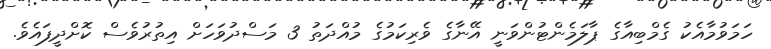
ހަމަވުމާއެކު ގެމްބިއާގެ ޕާލަމެންޓުންވަނީ އޭނާގެ ވެރިކަމުގެ މުއްދަތު 3 މަސްދުވަހަށް އިތުރުވެސް ކޮށްދީފައެވެ.